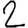
Digit: 2